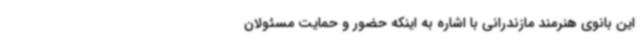
این بانوی هنرمند مازندرانی با اشاره به اینکه حضور و حمایت مسئولان